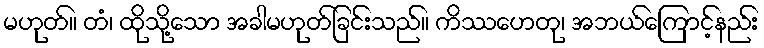
မဟုတ်။ တံ၊ ထိုသို့သော အခါမဟုတ်ခြင်းသည်။ ကိဿဟေတု၊ အဘယ်ကြောင့်နည်း